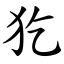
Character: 犵